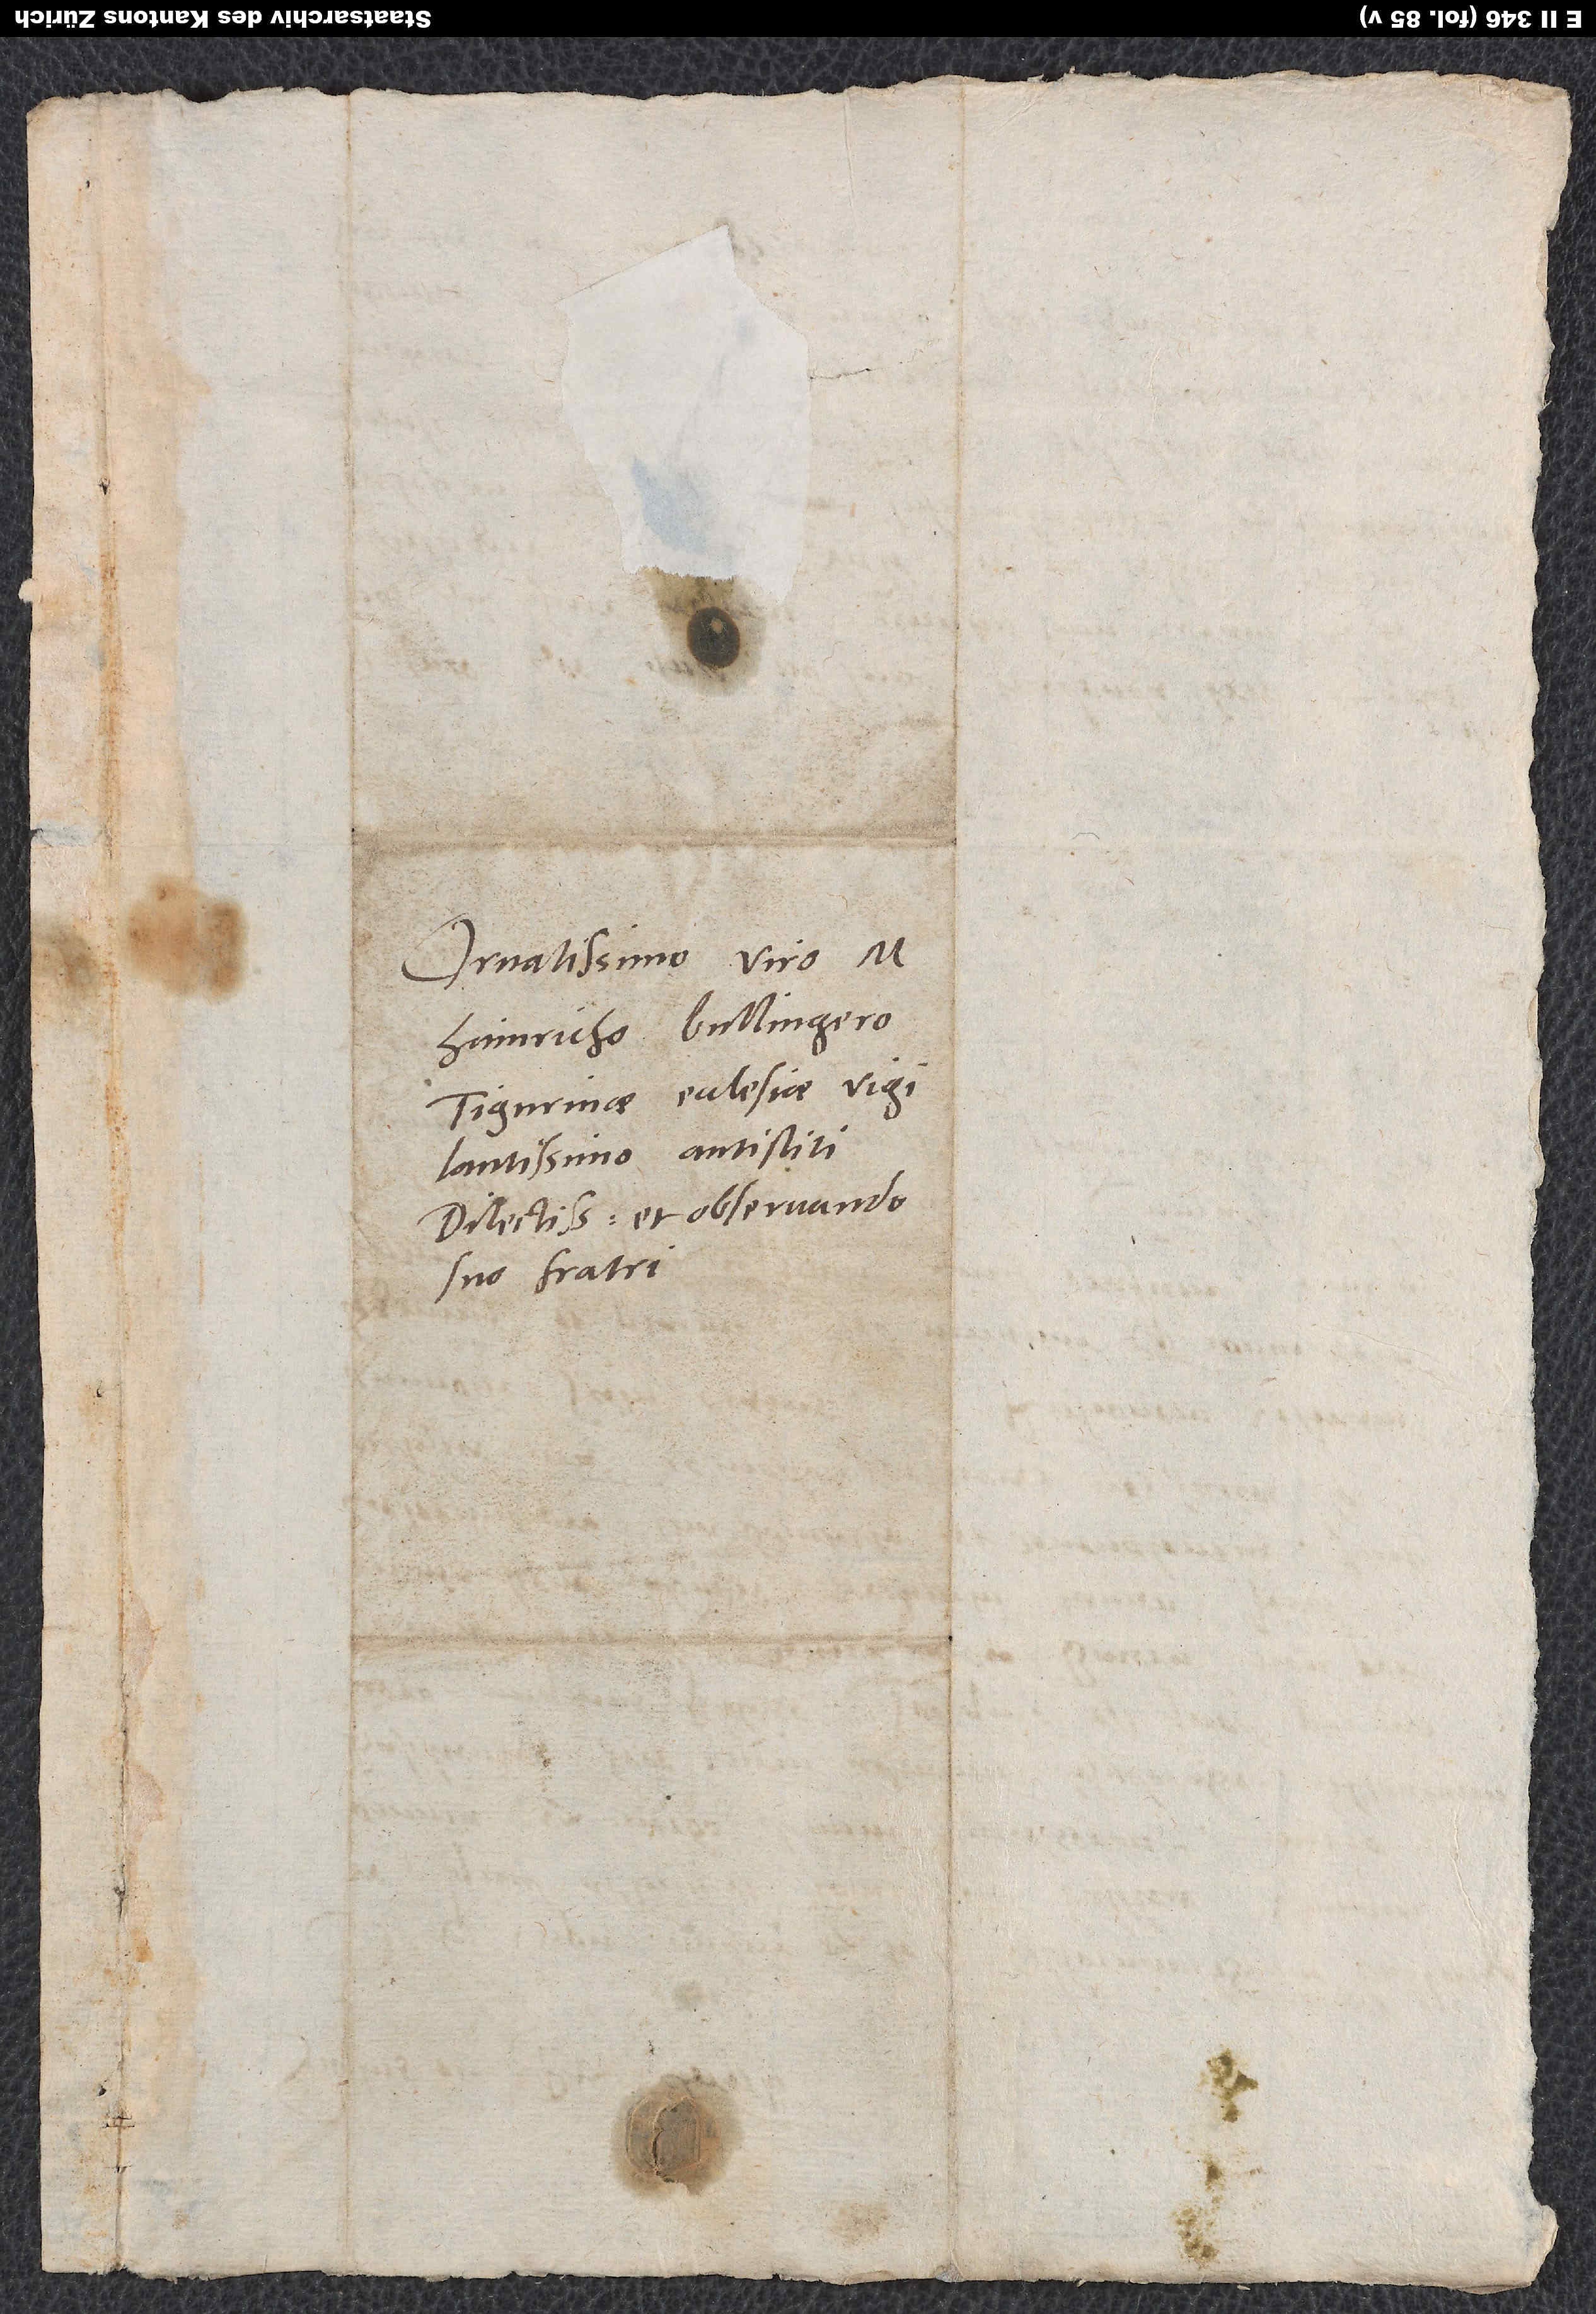
Ornatissimo viro M.
Hainricho Bullingero,
Tigurinae ecclesiae
vigilantissimo antistiti,
dilectissimo et observando
suo fratri.